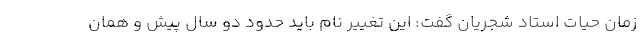
زمان حیات استاد شجریان گفت: این تغییر نام باید حدود دو سال پیش و همان